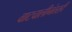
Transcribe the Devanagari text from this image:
वाटचालीनंतरही